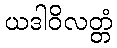
ယဒါဝိလတ္တံ